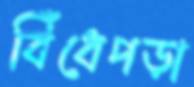
বিঁধেপড়া